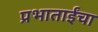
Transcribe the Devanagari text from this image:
प्रभाताईंचा